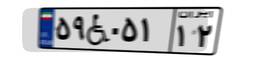
۵۹W۰۵۱۱۲